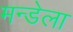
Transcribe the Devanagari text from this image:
मन्डेला